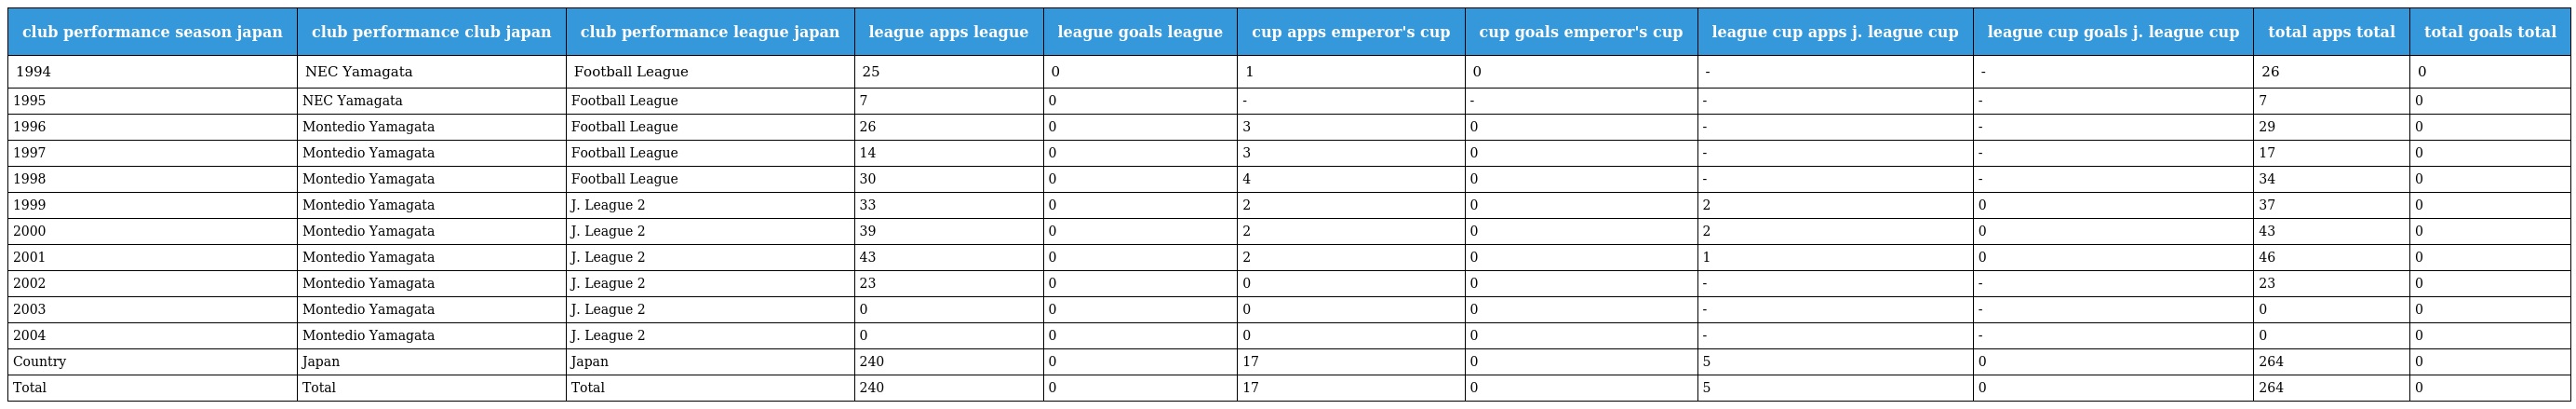
| club performance season japan | club performance club japan | club performance league japan | league apps league | league goals league | cup apps emperor's cup | cup goals emperor's cup | league cup apps j. league cup | league cup goals j. league cup | total apps total | total goals total |
 | --- | --- | --- | --- | --- | --- | --- | --- | --- | --- | --- |
 | 1994 | NEC Yamagata | Football League | 25 | 0 | 1 | 0 | - | - | 26 | 0 |
 | 1995 | NEC Yamagata | Football League | 7 | 0 | - | - | - | - | 7 | 0 |
 | 1996 | Montedio Yamagata | Football League | 26 | 0 | 3 | 0 | - | - | 29 | 0 |
 | 1997 | Montedio Yamagata | Football League | 14 | 0 | 3 | 0 | - | - | 17 | 0 |
 | 1998 | Montedio Yamagata | Football League | 30 | 0 | 4 | 0 | - | - | 34 | 0 |
 | 1999 | Montedio Yamagata | J. League 2 | 33 | 0 | 2 | 0 | 2 | 0 | 37 | 0 |
 | 2000 | Montedio Yamagata | J. League 2 | 39 | 0 | 2 | 0 | 2 | 0 | 43 | 0 |
 | 2001 | Montedio Yamagata | J. League 2 | 43 | 0 | 2 | 0 | 1 | 0 | 46 | 0 |
 | 2002 | Montedio Yamagata | J. League 2 | 23 | 0 | 0 | 0 | - | - | 23 | 0 |
 | 2003 | Montedio Yamagata | J. League 2 | 0 | 0 | 0 | 0 | - | - | 0 | 0 |
 | 2004 | Montedio Yamagata | J. League 2 | 0 | 0 | 0 | 0 | - | - | 0 | 0 |
 | Country | Japan | Japan | 240 | 0 | 17 | 0 | 5 | 0 | 264 | 0 |
 | Total | Total | Total | 240 | 0 | 17 | 0 | 5 | 0 | 264 | 0 |